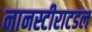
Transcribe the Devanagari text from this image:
नानस्टीराटडल